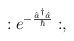
LaTeX: \begin{align*}:e^{-\frac{{\hat a}^\dagger \hat a}{\hbar}}:,\end{align*}